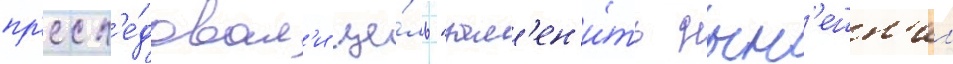
пр'есл'е́довал'и це́ль "зам'ен'и́ть нын'ешн'ии